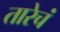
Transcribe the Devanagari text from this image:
तारेचं